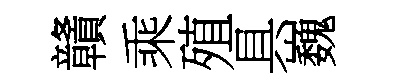
贛乘殖具巍